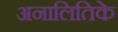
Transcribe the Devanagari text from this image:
अनालितिके